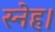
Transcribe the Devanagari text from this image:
स्नेह।